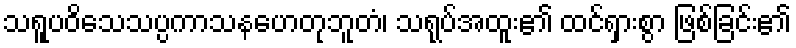
သရူပဝိသေသပ္ပကာသနဟေတုဘူတံ၊ သရုပ်အထူး၏ ထင်ရှားစွာ ဖြစ်ခြင်း၏